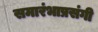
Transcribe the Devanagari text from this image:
समारंभाप्रसंगी